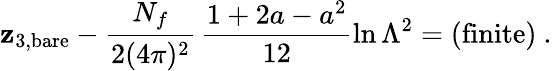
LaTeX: \mathbf{z}_{3,\mathrm{{bare}}}-\frac{{N_{f}}}{{2(4\pi)^{2}}}\, \frac{{1+2a-a^{2}}}{{12}}\ln\Lambda^{2}=\mathrm{{(finite)}}\ .